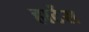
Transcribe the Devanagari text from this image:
हार्टेस